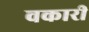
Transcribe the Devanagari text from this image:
वकारी